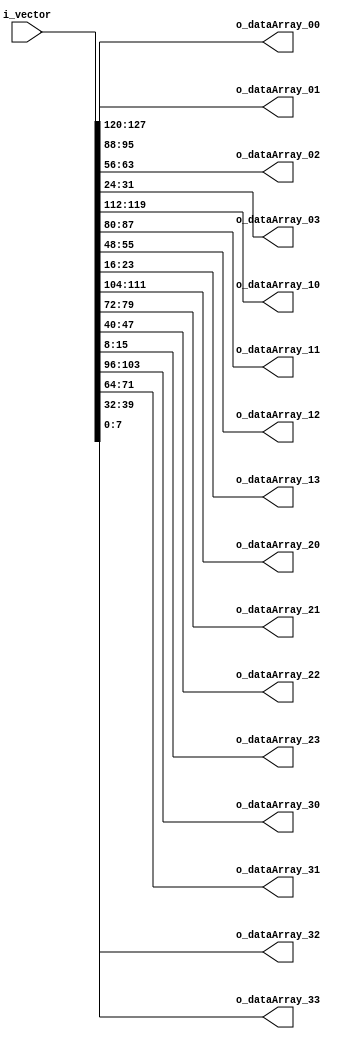

// Converting the 128-bit input vector to a 8*8 matrix

module Convert_to_Matrix(
	input [127:0] i_vector,
	
	output [7:0] o_dataArray_00,
	output [7:0] o_dataArray_01,
	output [7:0] o_dataArray_02,
	output [7:0] o_dataArray_03,

	output [7:0] o_dataArray_10,
	output [7:0] o_dataArray_11,
	output [7:0] o_dataArray_12,
	output [7:0] o_dataArray_13,

	output [7:0] o_dataArray_20,
	output [7:0] o_dataArray_21,
	output [7:0] o_dataArray_22,
	output [7:0] o_dataArray_23,

	output [7:0] o_dataArray_30,
	output [7:0] o_dataArray_31,
	output [7:0] o_dataArray_32,
	output [7:0] o_dataArray_33
	);

	// 1st row
	assign o_dataArray_00 = i_vector[127:120];
	assign o_dataArray_01 = i_vector[95:88];
	assign o_dataArray_02 = i_vector[63:56];
	assign o_dataArray_03 = i_vector[31:24];

	// 2nd row
	assign o_dataArray_10 = i_vector[119:112];
	assign o_dataArray_11 = i_vector[87:80];
	assign o_dataArray_12 = i_vector[55:48];
	assign o_dataArray_13 = i_vector[23:16];

	// 3rd row
	assign o_dataArray_20 = i_vector[111:104];
	assign o_dataArray_21 = i_vector[79:72];
	assign o_dataArray_22 = i_vector[47:40];
	assign o_dataArray_23 = i_vector[15:8];

	// 4th row
	assign o_dataArray_30 = i_vector[103:96];
	assign o_dataArray_31 = i_vector[71:64];
	assign o_dataArray_32 = i_vector[39:32];
	assign o_dataArray_33 = i_vector[7:0];

endmodule